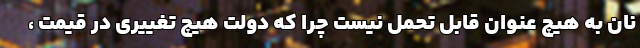
نان به هیچ عنوان قابل تحمل نیست چرا که دولت هیچ تغییری در قیمت ،